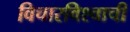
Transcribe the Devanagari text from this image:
विचारविश्वाची